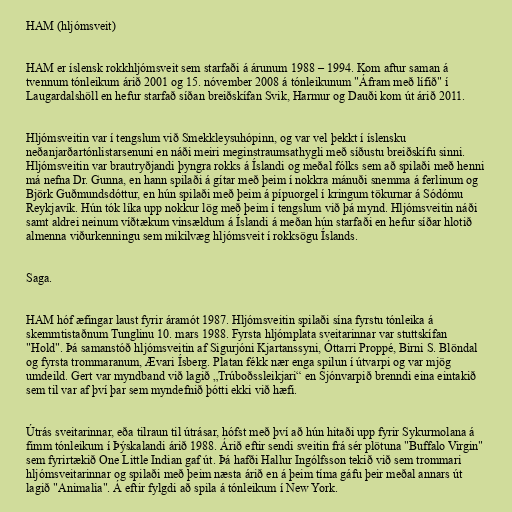
HAM (hljómsveit)

HAM er íslensk rokkhljómsveit sem starfaði á árunum 1988 – 1994. Kom aftur saman á
tvennum tónleikum árið 2001 og 15. nóvember 2008 á tónleikunum "Áfram með lífið" í
Laugardalshöll en hefur starfað síðan breiðskífan Svik, Harmur og Dauði kom út árið 2011.

Hljómsveitin var í tengslum við Smekkleysuhópinn, og var vel þekkt í íslensku
neðanjarðartónlistarsenuni en náði meiri meginstraumsathygli með síðustu breiðskífu sinni.
Hljómsveitin var brautryðjandi þyngra rokks á Íslandi og meðal fólks sem að spilaði með henni
má nefna Dr. Gunna, en hann spilaði á gítar með þeim í nokkra mánuði snemma á ferlinum og
Björk Guðmundsdóttur, en hún spilaði með þeim á pípuorgel í kringum tökurnar á Sódómu
Reykjavík. Hún tók líka upp nokkur lög með þeim í tengslum við þá mynd. Hljómsveitin náði
samt aldrei neinum víðtækum vinsældum á Íslandi á meðan hún starfaði en hefur síðar hlotið
almenna viðurkenningu sem mikilvæg hljómsveit í rokksögu Íslands.

Saga.

HAM hóf æfingar laust fyrir áramót 1987. Hljómsveitin spilaði sína fyrstu tónleika á
skemmtistaðnum Tunglinu 10. mars 1988. Fyrsta hljómplata sveitarinnar var stuttskífan
"Hold". Þá samanstóð hljómsveitin af Sigurjóni Kjartanssyni, Óttarri Proppé, Birni S. Blöndal
og fyrsta trommaranum, Ævari Ísberg. Platan fékk nær enga spilun í útvarpi og var mjög
umdeild. Gert var myndband við lagið „Trúboðssleikjari“ en Sjónvarpið brenndi eina eintakið
sem til var af því þar sem myndefnið þótti ekki við hæfi.

Útrás sveitarinnar, eða tilraun til útrásar, hófst með því að hún hitaði upp fyrir Sykurmolana á
fimm tónleikum í Þýskalandi árið 1988. Árið eftir sendi sveitin frá sér plötuna "Buffalo Virgin"
sem fyrirtækið One Little Indian gaf út. Þá hafði Hallur Ingólfsson tekið við sem trommari
hljómsveitarinnar og spilaði með þeim næsta árið en á þeim tíma gáfu þeir meðal annars út
lagið "Animalia". Á eftir fylgdi að spila á tónleikum í New York.